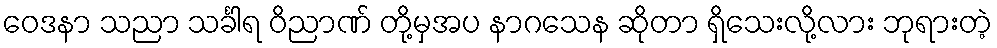
ဝေဒနာ သညာ သင်္ခါရ ဝိညာဏ် တို့မှအပ နာဂသေန ဆိုတာ ရှိသေးလို့လား ဘုရားတဲ့